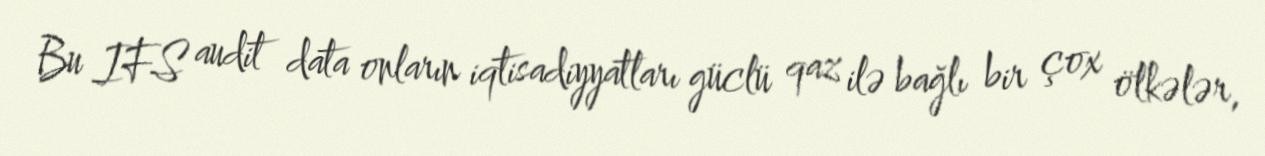
Bu IFS audit data onların iqtisadiyyatları güclü qaz ilə bağlı bir çox ölkələr,